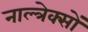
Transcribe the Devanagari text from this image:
नाल्त्रेक्सों